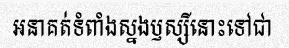
អនាគត់ទំពាំងស្នងឫស្សីនោះទៅជា